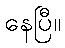
နေပြီ။